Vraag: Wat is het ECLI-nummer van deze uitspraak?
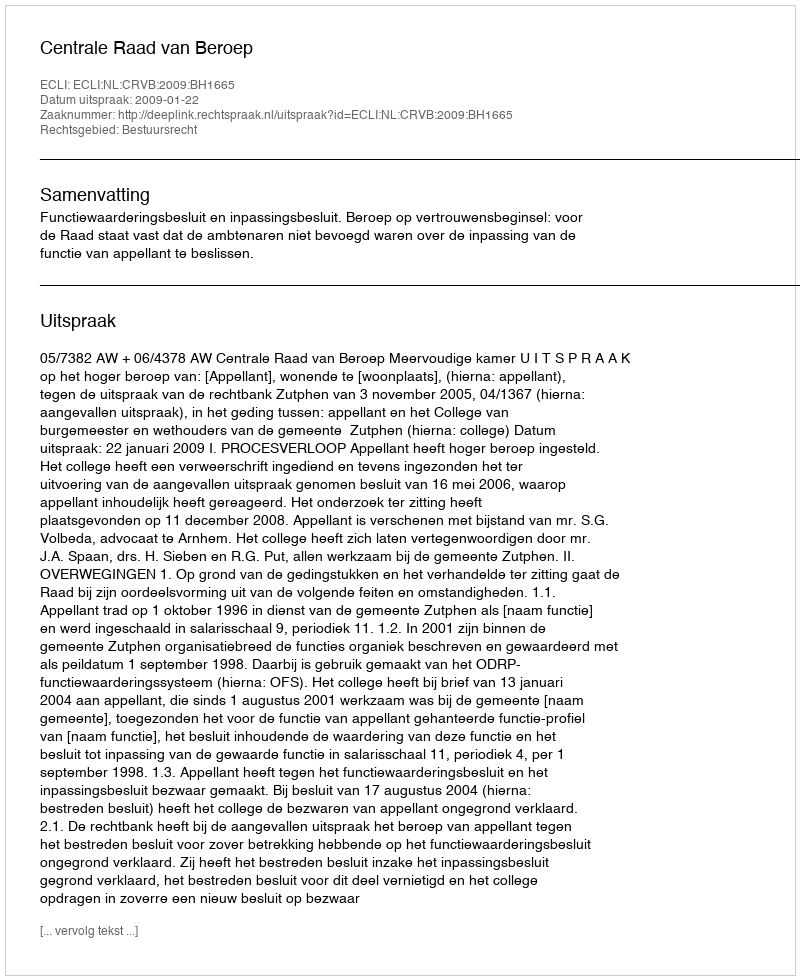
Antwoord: ECLI:NL:CRVB:2009:BH1665